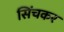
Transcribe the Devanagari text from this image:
सिंचकर